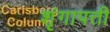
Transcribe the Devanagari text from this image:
शृंगापत्ती